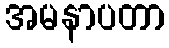
အမနာပတာ